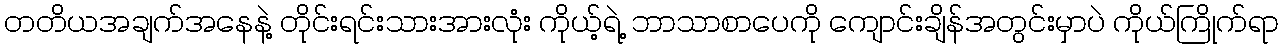
တတိယအချက်အနေနဲ့ တိုင်းရင်းသားအားလုံး ကိုယ့်ရဲ့ ဘာသာစာပေကို ကျောင်းချိန်အတွင်းမှာပဲ ကိုယ်ကြိုက်ရာ